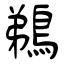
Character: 鵜